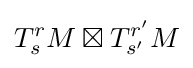
T_{s}^{r}M\boxtimes T_{s'}^{r'}M